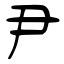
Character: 尹